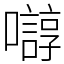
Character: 𫬛